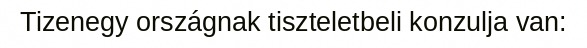
Tizenegy országnak tiszteletbeli konzulja van: